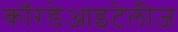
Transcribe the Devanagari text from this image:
कॉरडेआइटेलीज़